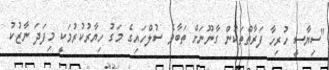
"ސިޔާސީ ހުރިހާ ފަރާތްތަކުން ގާނޫނަށް ތަބާވެ ސުލްހައިގެ މަގު ހިޔާރުކުރުމަކީ މިފަދަ ނާޒުކު